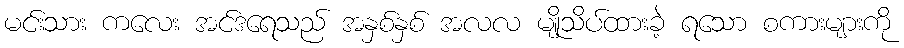
မင်းသား ကလေး အင်ဒရေသည် အနှစ်နှစ် အလလ မျိုသိပ်ထားခဲ့ ရသော စကားများကို